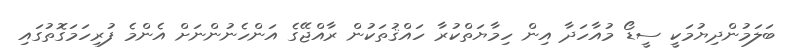
ބަލަމުންދިޔުމަކީ ސީޑޯ މުއާހަދާ އިން ހިމާޔަތްކުރާ ހައްޤުތަކުން ރާއްޖޭގެ އަންހެނުންނަަށް އެންމެ ފުރިހަމަގޮތުގައި